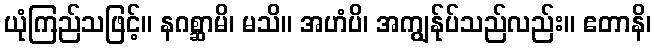
ယုံကြည်သဖြင့်။ နဂစ္ဆာမိ၊ မသိ။ အဟံပိ၊ အကျွန်ုပ်သည်လည်း။ ဧတာနိ၊